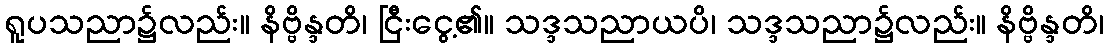
ရူပသညာ၌လည်း။ နိဗ္ဗိန္ဒတိ၊ ငြီးငွေ့၏။ သဒ္ဒသညာယပိ၊ သဒ္ဒသညာ၌လည်း။ နိဗ္ဗိန္ဒတိ၊